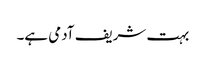
بہت شریف آدمی ہے۔